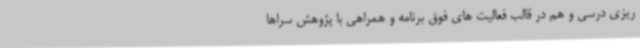
ریزی درسی و هم در قالب فعالیت های فوق برنامه و همراهی با پژوهش سراها